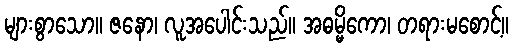
များစွာသော။ ဇနော၊ လူအပေါင်းသည်။ အဓမ္မိကော၊ တရားမစောင့်။